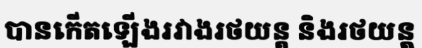
បានកើតឡើងរវាងរថយន្ត និងរថយន្ត